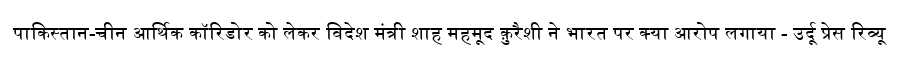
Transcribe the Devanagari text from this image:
पाकिस्तान-चीन आर्थिक कॉरिडोर को लेकर विदेश मंत्री शाह महमूद क़ुरैशी ने भारत पर क्या आरोप लगाया - उर्दू प्रेस रिव्यू